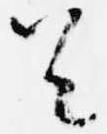
首